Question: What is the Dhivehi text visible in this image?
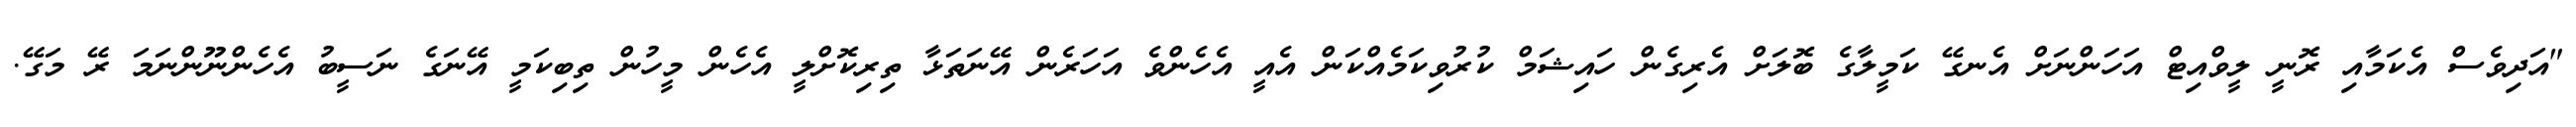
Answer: "އަދިވެސް އެކަމާއި ރޮނީ ލީވްއިޓް އަހަންނަށް އެނގޭ ކަމީލާގެ ބޮލަށް އެރިގެން ހައިޝަމް ކުރުވިކަމެއްކަން އެއީ އެހެންވެ އަހަރެން އޭނަތަޅާ ތިރިކޮށްލީ އެހެން މީހުން ތިބިކަމީ އޭނަގެ ނަސީބު އެހެންނޫންނަމަ ރޭ މަގޭ.